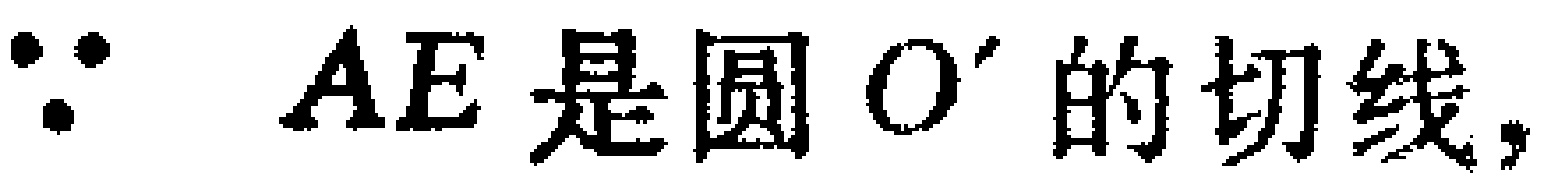
$\because AE\text{ 是圆 }O^{\prime}\text{ 的切线,}$